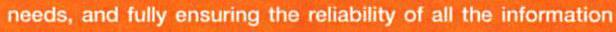
needs, and fully ensuring the reliability of all the information